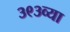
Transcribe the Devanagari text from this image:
३९३व्या